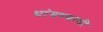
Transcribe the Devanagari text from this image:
थांबण्याची